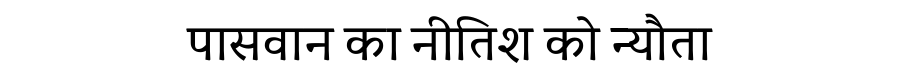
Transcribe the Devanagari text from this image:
पासवान का नीतिश को न्यौता